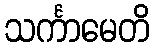
သင်္ကာမေတိ